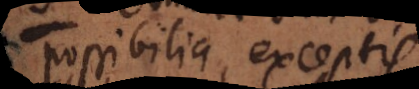
possibilia, exceptis